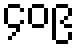
၄၀၉